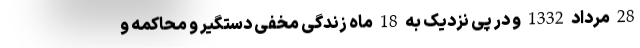
28 مرداد 1332 و در پی نزدیک به 18 ماه زندگی مخفی دستگیر و محاکمه و